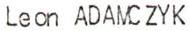
Leon ADAMCZYK